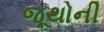
જૂથોની